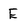
Character: E